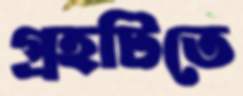
গ্রহটিতে